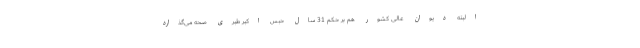
البته دیوان عالی کشور هم بر حکم 31 سال حبس اکبر طبری صحه می‌گذارد